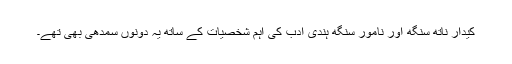
کیدار ناتھ سنگھ اور نامور سنگھ ہندی ادب کی اہم شخصیات کے ساتھ یہ دونوں سمدھی بھی تھے۔